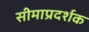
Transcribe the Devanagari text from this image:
सीमाप्रदर्शक